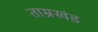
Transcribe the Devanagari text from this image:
ताम्रखंड